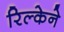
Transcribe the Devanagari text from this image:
रिल्केने